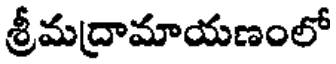
శ్రీమద్రామాయణంలో